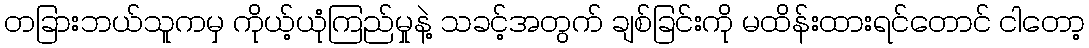
တခြားဘယ်သူကမှ ကိုယ့်ယုံကြည်မှုနဲ့ သခင့်အတွက် ချစ်ခြင်းကို မထိန်းထားရင်တောင် ငါတော့